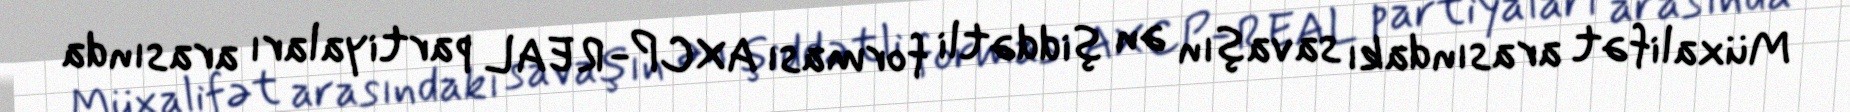
Müxalifət arasındakı savaşın ən şiddətli forması AXCP- REAL partiyaları arasında